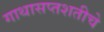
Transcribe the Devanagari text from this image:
गाथासप्तशतीचे